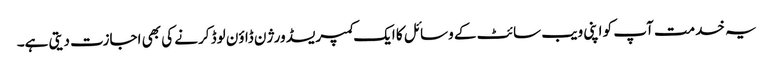
یہ خدمت آپ کو اپنی ویب سائٹ کے وسائل کا ایک کمپریسڈ ورژن ڈاؤن لوڈ کرنے کی بھی اجازت دیتی ہے۔